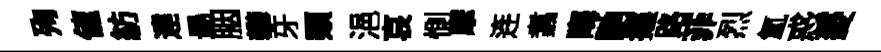
殉値紡䢖朂胭攀牙類浥哀惻摩连翥晦馳攘路菲烈氲惑菱